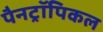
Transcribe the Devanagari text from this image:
पैनट्रॉपिकल